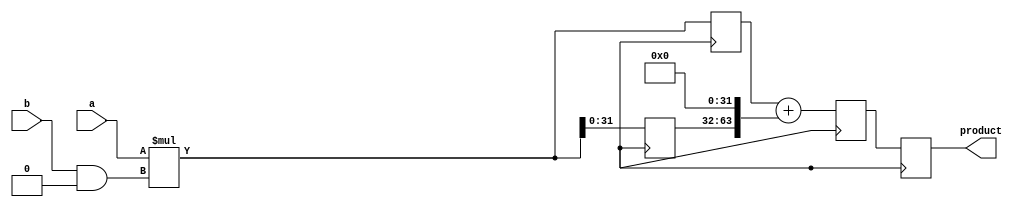
module Radix4_Multiplier (
    input signed [31:0] a, b,
    output reg signed [63:0] product
);

reg signed [63:0] partial_products[3:0];
reg signed [63:0] partial_sums[3:0];

always @(posedge clk) begin
    partial_products[0] <= a * (b & 4'b11);
    partial_products[1] <= a * (b & 4'b1100);
    partial_products[2] <= a * (b & 4'b110000);
    partial_products[3] <= a * (b & 4'b11000000);

    partial_sums[0] <= partial_products[0];
    partial_sums[1] <= partial_products[1] + (partial_products[0] << 32);
    partial_sums[2] <= partial_products[2] + (partial_products[1] << 32);
    partial_sums[3] <= partial_products[3] + (partial_products[2] << 32);

    product <= partial_sums[3];
end

endmodule